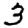
Digit: 3